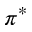
\pi ^ { * }